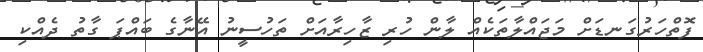
ފޮތްހަރުގަނޑަށް މަޖައްލާތަކެއް ލާން ހުރި ޒާހިރާއަށް ތަހުސީނު އޭނާގެ ބައްޕަ ގާތު ދެއްކި